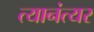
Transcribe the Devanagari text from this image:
त्यानंत्यर